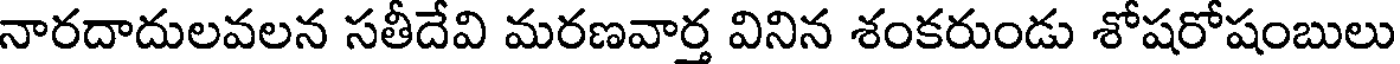
నారదాదులవలన సతీదేవి మరణవార్త వినిన శంకరుండు శోషరోషంబులు